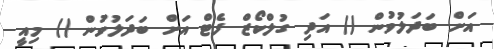
އަށް ބަދަލުވުން () އަދި ގުލްކޯޒް ފެޓް އަށް ބަދަލުވުން () މިއީ